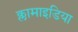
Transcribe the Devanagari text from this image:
क्लामाइडिया